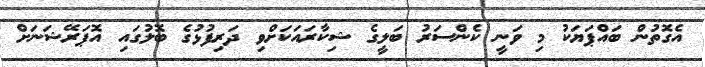
އެގޮތުން ބައްޕަޔަކު މި ވަނީ ކެންސަރު ބަލީގެ ޝިކާރައަކަށްވި ދަރިފުޅުގެ ބޮލުގައި އޮޕަރޭޝަނަށް